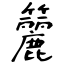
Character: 籭